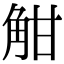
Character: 𧣑